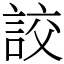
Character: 詨